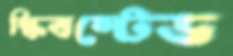
স্কিবস্টেড